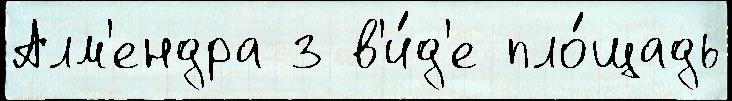
Алм'ендра з в'и́д'е пло́щадь